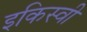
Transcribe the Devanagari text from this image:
इकिस्वी